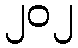
၂၀၂